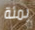
بمئة